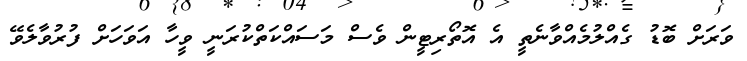
ވަރަށް ބޮޑު ގެއްލުމެއްވާނެތީ އެ އޮތޯރިޓީން ވެސް މަސައްކަތްކުރަނީ ވީހާ އަވަހަށް ފުރުވާލެވޭ